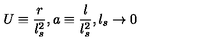
U \equiv \frac { r } { l _ { s } ^ { 2 } } , a \equiv \frac { l } { l _ { s } ^ { 2 } } , l _ { s } \rightarrow 0